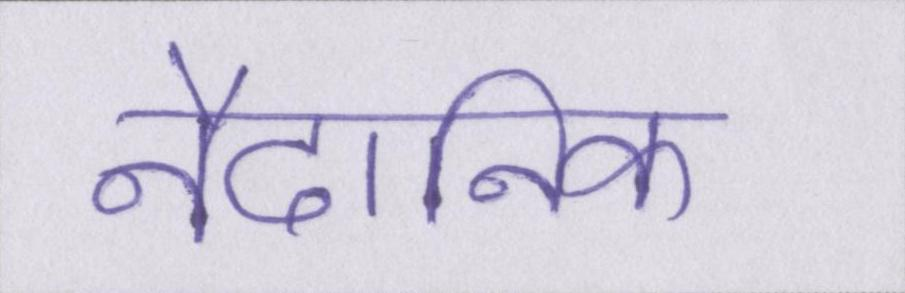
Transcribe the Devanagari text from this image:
नैदानिक